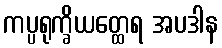
ကပ္ပရုက္ခိယတ္ထေရ အပဒါန